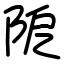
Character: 阸